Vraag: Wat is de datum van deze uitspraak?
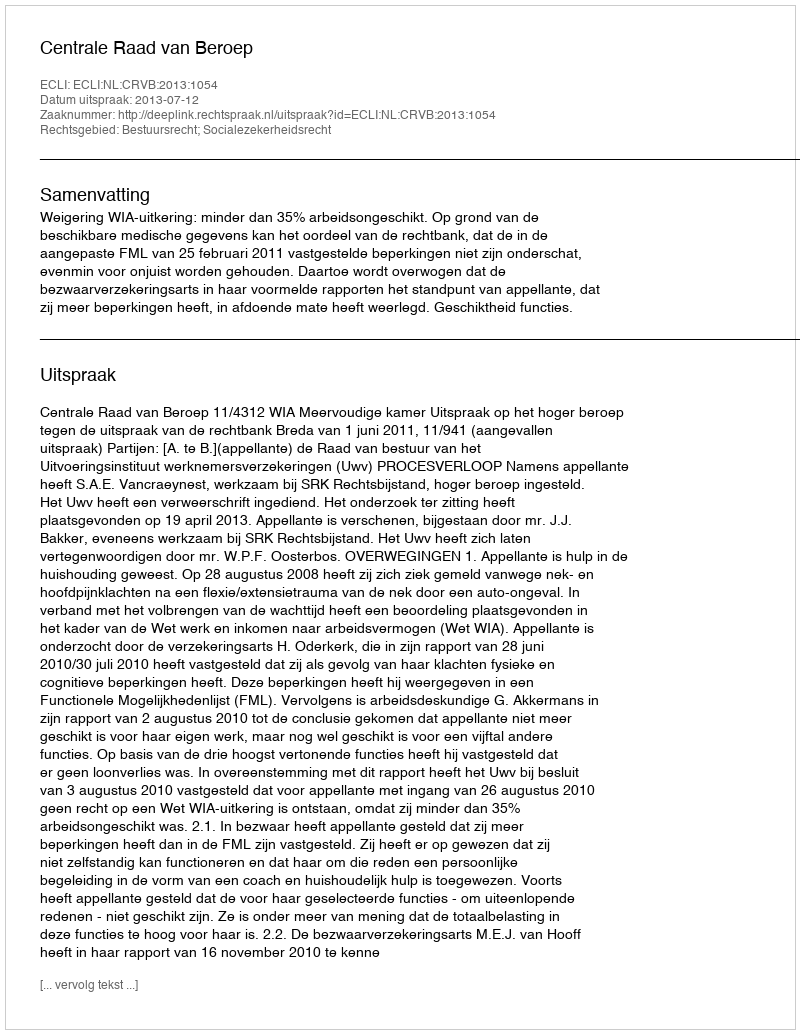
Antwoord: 2013-07-12